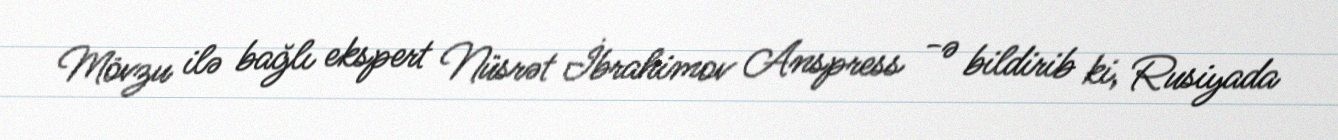
Mövzu ilə bağlı ekspert Nüsrət İbrahimov Anspress -ə bildirib ki, Rusiyada